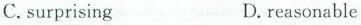
C.surprising D.reasonable